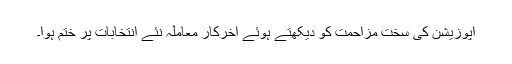
اپوزیشن کی سخت مزاحمت کو دیکھتے ہوئے آخرکار معاملہ نئے انتخابات پر ختم ہوا۔